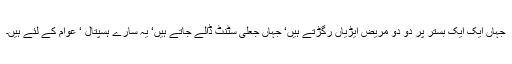
جہاں ایک ایک بستر پر دو دو مریض ایڑیاں رگڑتے ہیں‘ جہاں جعلی سٹنٹ ڈالے جاتے ہیں‘ یہ سارے ہسپتال ‘ عوام کے لئے ہیں۔